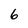
Character: 6